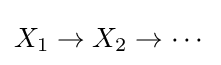
X_{1}\to X_{2}\to \cdots